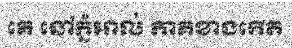
គេ នៅភ្នំអាល់ ភាគខាងកើត